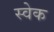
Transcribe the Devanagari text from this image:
स्वेक